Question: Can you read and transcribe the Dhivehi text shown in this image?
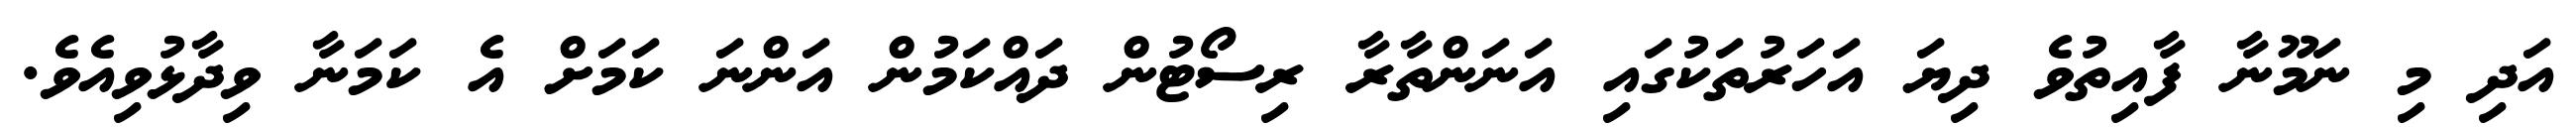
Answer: އަދި މި ނަމޫނާ ފާއިތުވެ ދިޔަ އަހަރުތަކުގައި އަނަންތާރާ ރިސޯޓުން ދައްކަމުން އަންނަ ކަމަށް އެ ކަމަނާ ވިދާޅުވިއެވެ.